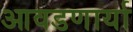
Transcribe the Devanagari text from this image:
आवडणार्या